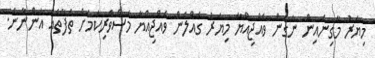
މިޔަރު މާގިނައިން ނަގަން ވެއްޖިއްޔާ މިޔަރު ގެއްލެން ވެއްޖިއްޔާ މަސްވެރިކަމަށް ތަފާތެއް އަންނާނެ.